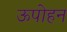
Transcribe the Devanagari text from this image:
ऊपोहन